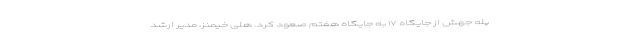
پله جهش از جایگاه ۱۷ به جایگاه هفتم صعود کرد. هلی خیمنز، مدیر ارشد